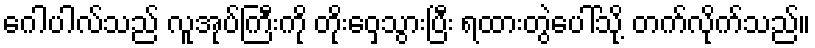
ဂေါပါလ်သည် လူအုပ်ကြီးကို တိုးဝှေ့သွားပြီး ရထားတွဲပေါ်သို့ တက်လိုက်သည်။